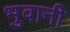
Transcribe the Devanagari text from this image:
भुवानी